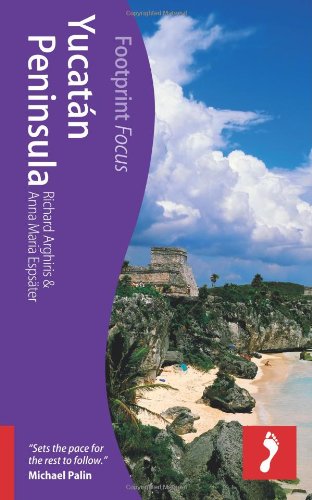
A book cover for Yucatan Peninsula (Footprint Focus); Anna Maria Espsater; Travel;